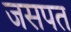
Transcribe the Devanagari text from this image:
जसपत